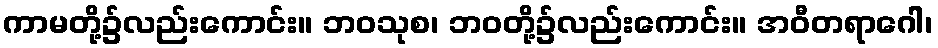
ကာမတို့၌လည်းကောင်း။ ဘဝသုစ၊ ဘဝတို့၌လည်းကောင်း။ အဝီတရာဂေါ၊